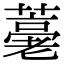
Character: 𦽡